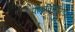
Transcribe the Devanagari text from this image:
फ्लाविविरिडए